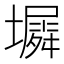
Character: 𫮵